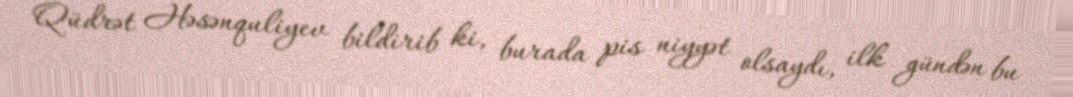
Qüdrət Həsənquliyev bildirib ki, burada pis niyyət olsaydı, ilk gündən bu